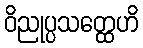
ဝိညုပ္ပသတ္ထေဟိ